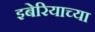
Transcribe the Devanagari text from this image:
इबेरियाच्या